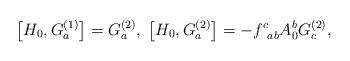
LaTeX: \begin{align*}\left[ H_0,G_a^{(1)}\right] =G_a^{(2)},\;\left[ H_0,G_a^{(2)}\right]=-f_{\;\;ab}^cA_0^bG_c^{(2)},\end{align*}